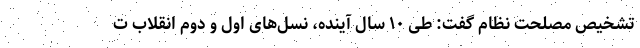
تشخیص مصلحت نظام گفت: طی ۱۰ سال آینده، نسل‌های اول و دوم انقلاب ت